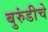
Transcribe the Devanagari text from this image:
बुरुंडीचे